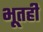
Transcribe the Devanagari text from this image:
भूतही